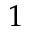
1